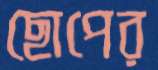
ছোপের